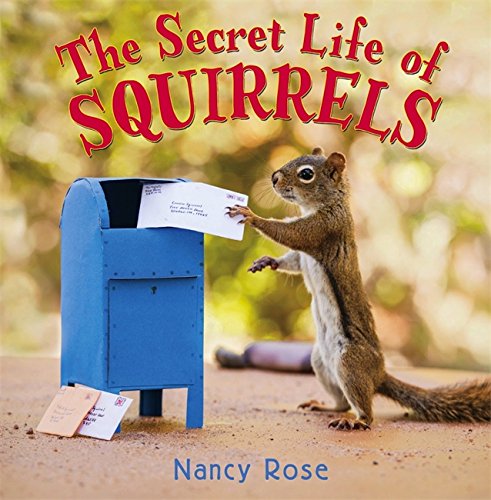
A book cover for The Secret Life of Squirrels; Nancy Rose; Children's Books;